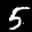
Label: 5